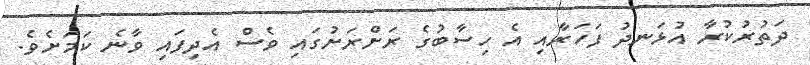
ދަތުރުކުރާ އުޅަނދު ފަހަރާއި އެ ހިސާބުގެ ރަށްރަށުގައި ވެސް އެދިފައި ވާނެ ކަމަށެވެ.